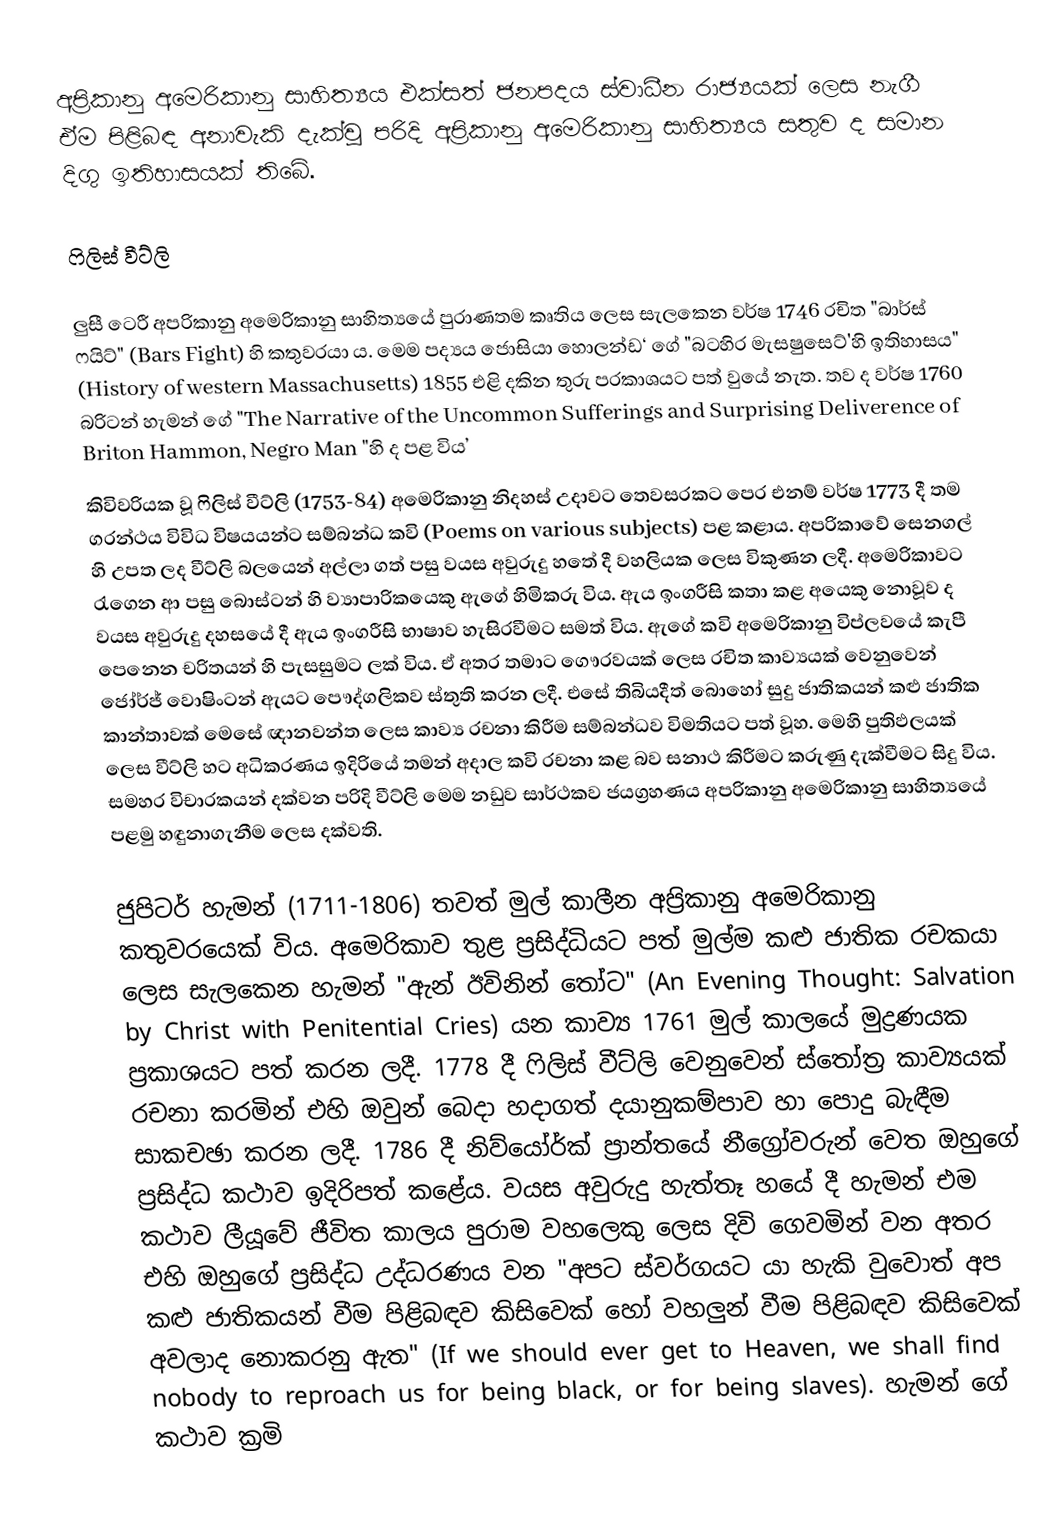
අප‍්‍රිකානු අමෙරිකානු සාහිත්‍යය එක්සත් ජනපදය ස්වාධීන රාජ්‍යයක් ලෙස නැගී ඒම පිළිබඳ අනාවැකි දැක්වූ පරිදි අප‍්‍රිකානු අමෙරිකානු සාහිත්‍යය සතුව ද සමාන දිගු ඉතිහාසයක් තිබේ.

ෆිලිස් වීට්ලි

ලුසී ටෙරී අප‍්‍රිකානු අමෙරිකානු සාහිත්‍යයේ පුරාණතම කෘතිය ලෙස සැලකෙන වර්ෂ 1746 රචිත "බාර්ස් ෆයිට්" (Bars Fight) හි කතුවරයා ය. මෙම පද්‍යය ජොසියා හොලන්ඩ‘ ගේ "බටහිර මැසෂුසෙට්'හි ඉතිහාසය" (History of western Massachusetts) 1855 එළි දකින තුරු ප‍්‍රකාශයට පත් වුයේ නැත. තව ද වර්ෂ 1760 බ‍්‍රිටන් හැමන් ගේ "The Narrative of the Uncommon Sufferings and Surprising Deliverence of Briton Hammon, Negro Man "හි ද පළ විය’
කිවිවරියක වූ ෆිලිස් වීට්ලි (1753-84) අමෙරිකානු නිදහස් උදාවට තෙවසරකට පෙර එනම් වර්ෂ 1773 දී තම ග‍්‍රන්ථය විවිධ විෂයයන්ට සම්බන්ධ කවි (Poems on various subjects) පළ කළාය. අප‍්‍රිකාවේ සෙනගල් හි උපත ලද වීට්ලි බලයෙන් අල්ලා ගත් පසු වයස අවුරුදු හතේ දී වහලියක  ලෙස විකුණන ලදී. අමෙරිකාවට රැගෙන ආ පසු බොස්ටන් හි ව්‍යාපාරිකයෙකු ඇගේ හිමිකරු විය. ඇය ඉංග‍්‍රීසි කතා කළ අයෙකු නොවූව ද වයස අවුරුදු දහසයේ දී ඇය ඉංග‍්‍රීසි භාෂාව හැසිරවීමට සමත් විය. ඇගේ කවි අමෙරිකානු විප්ලවයේ කැපී පෙනෙන චරිතයන් හි පැසසුමට ලක් විය. ඒ අතර තමාට ගෞරවයක් ලෙස රචිත කාව්‍යයක් වෙනුවෙන් ජෝර්ජ් වොෂිංටන් ඇයට පෞද්ගලිකව ස්තුති කරන ලදී. එසේ තිබියදීත් බොහෝ සුදු ජාතිකයන් කළු ජාතික කාන්තාවක් මෙසේ ඥානවන්ත ලෙස කාව්‍ය රචනා කිරීම සම්බන්ධව විමතියට පත් වූහ. මෙහි පුතිඵලයක් ලෙස වීට්ලි හට අධිකරණය ඉදිරියේ තමන් අදාල කවි රචනා කළ බව සනාථ කිරීමට කරුණු දැක්වීමට සිදු විය. සමහර විචාරකයන්  දක්වන පරිදි වීට්ලි මෙම නඩුව සාර්ථකව ජයග්‍රහණය අප‍්‍රිකානු අමෙරිකානු සාහිත්‍යයේ පළමු හඳුනාගැනීම  ලෙස දක්වති.

ජුපිටර් හැමන් (1711-1806) තවත් මුල් කාලීන අප‍්‍රිකානු අමෙරිකානු කතුවරයෙක් විය. අමෙරිකාව තුළ ප‍්‍රසිද්ධියට පත් මුල්ම කළු ජාතික රචකයා ලෙස සැලකෙන හැමන් "ඇන් ඊවිනින් තෝට" (An Evening Thought: Salvation by Christ with Penitential Cries) යන කාව්‍ය 1761 මුල් කාලයේ මුද්‍රණයක  ප‍්‍රකාශයට පත් කරන ලදී. 1778 දී ෆිලිස් වීට්ලි වෙනුවෙන් ස්තෝත‍්‍ර කාව්‍යයක් රචනා කරමින් එහි ඔවුන් බෙදා හදාගත් දයානුකම්පාව හා පොදු බැඳීම සාකචඡා කරන ලදී. 1786 දී නිව්යෝර්ක් ප්‍රාන්තයේ නීග්‍රෝවරුන් වෙත ඔහුගේ ප‍්‍රසිද්ධ කථාව ඉදිරිපත් කළේය. වයස අවුරුදු හැත්තෑ හයේ දී හැමන් එම කථාව ලීයූවේ ජීවිත කාලය පුරාම වහලෙකු ලෙස දිවි ගෙවමින් වන අතර එහි ඔහුගේ ප‍්‍රසිද්ධ උද්ධරණය වන "අපට ස්වර්ගයට යා හැකි වුවොත් අප කළු ජාතිකයන් වීම පිළිබඳව කිසිවෙක් හෝ වහලුන් වීම පිළිබඳව කිසිවෙක් අවලාද නොකරනු ඇත" (If we should ever get to Heaven, we shall find nobody to reproach us for being black, or for being slaves). හැමන් ගේ කථාව ක‍්‍රමි